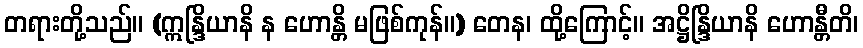
တရားတို့သည်။ (ဣန္ဒြိယာနိ န ဟောန္တိ မဖြစ်ကုန်။) တေန၊ ထို့ကြောင့်။ အဋ္ဌိန္ဒြိယာနိ ဟောန္တီတိ၊